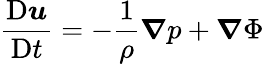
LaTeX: {\frac{\mathrm{D}{\boldsymbol{u}}}{\mathrm{D}t}}=-{\frac{1}{\rho}}{\boldsymbol{\nabla}}p+{\boldsymbol{\nabla}}\Phi